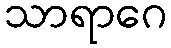
သာရာဂေ